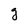
Character: g